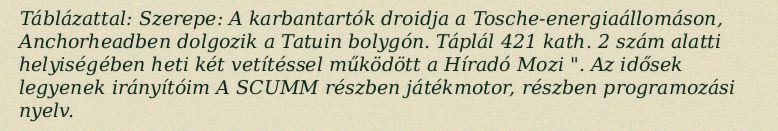
Táblázattal: Szerepe: A karbantartók droidja a Tosche-energiaállomáson, Anchorheadben dolgozik a Tatuin bolygón. Táplál 421 kath. 2 szám alatti helyiségében heti két vetítéssel működött a Híradó Mozi ". Az idősek legyenek irányítóim A SCUMM részben játékmotor, részben programozási nyelv.